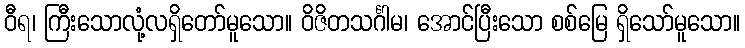
ဝီရ၊ ကြီးသောလုံ့လရှိတော်မူသော။ ဝိဇိတသင်္ဂါမ၊ အောင်ပြီးသော စစ်မြေ ရှိသော်မူသော။